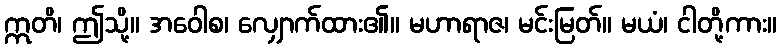
ဣတိ၊ ဤသို့။ အဝေါစ၊ လျှောက်ထား၏။ မဟာရာဇ၊ မင်းမြတ်။ မယံ၊ ငါတို့ကား။